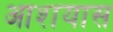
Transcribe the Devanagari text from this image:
आशयास